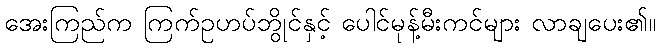
အေးကြည်က ကြက်ဥဟပ်ဘွိုင်နှင့် ပေါင်မုန့်မီးကင်များ လာချပေး၏။